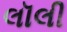
લૉલી